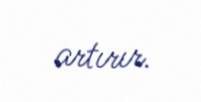
artırır.